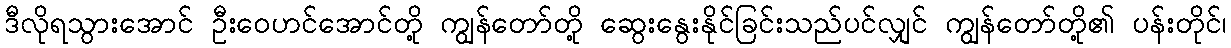
ဒီလိုရသွားအောင် ဦးဝေဟင်အောင်တို့ ကျွန်တော်တို့ ဆွေးနွေးနိုင်ခြင်းသည်ပင်လျှင် ကျွန်တော်တို့၏ ပန်းတိုင်၊